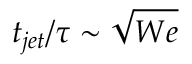
t _ { j e t } / \tau \sim \sqrt { W e }